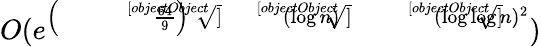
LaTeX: O(e^{\left({\sqrt[[objectObject]]{\frac{64}{9}}}\right){\sqrt[[objectObject]]{(\log n)}}{\sqrt[[objectObject]]{(\log\log n)^{2}}}})